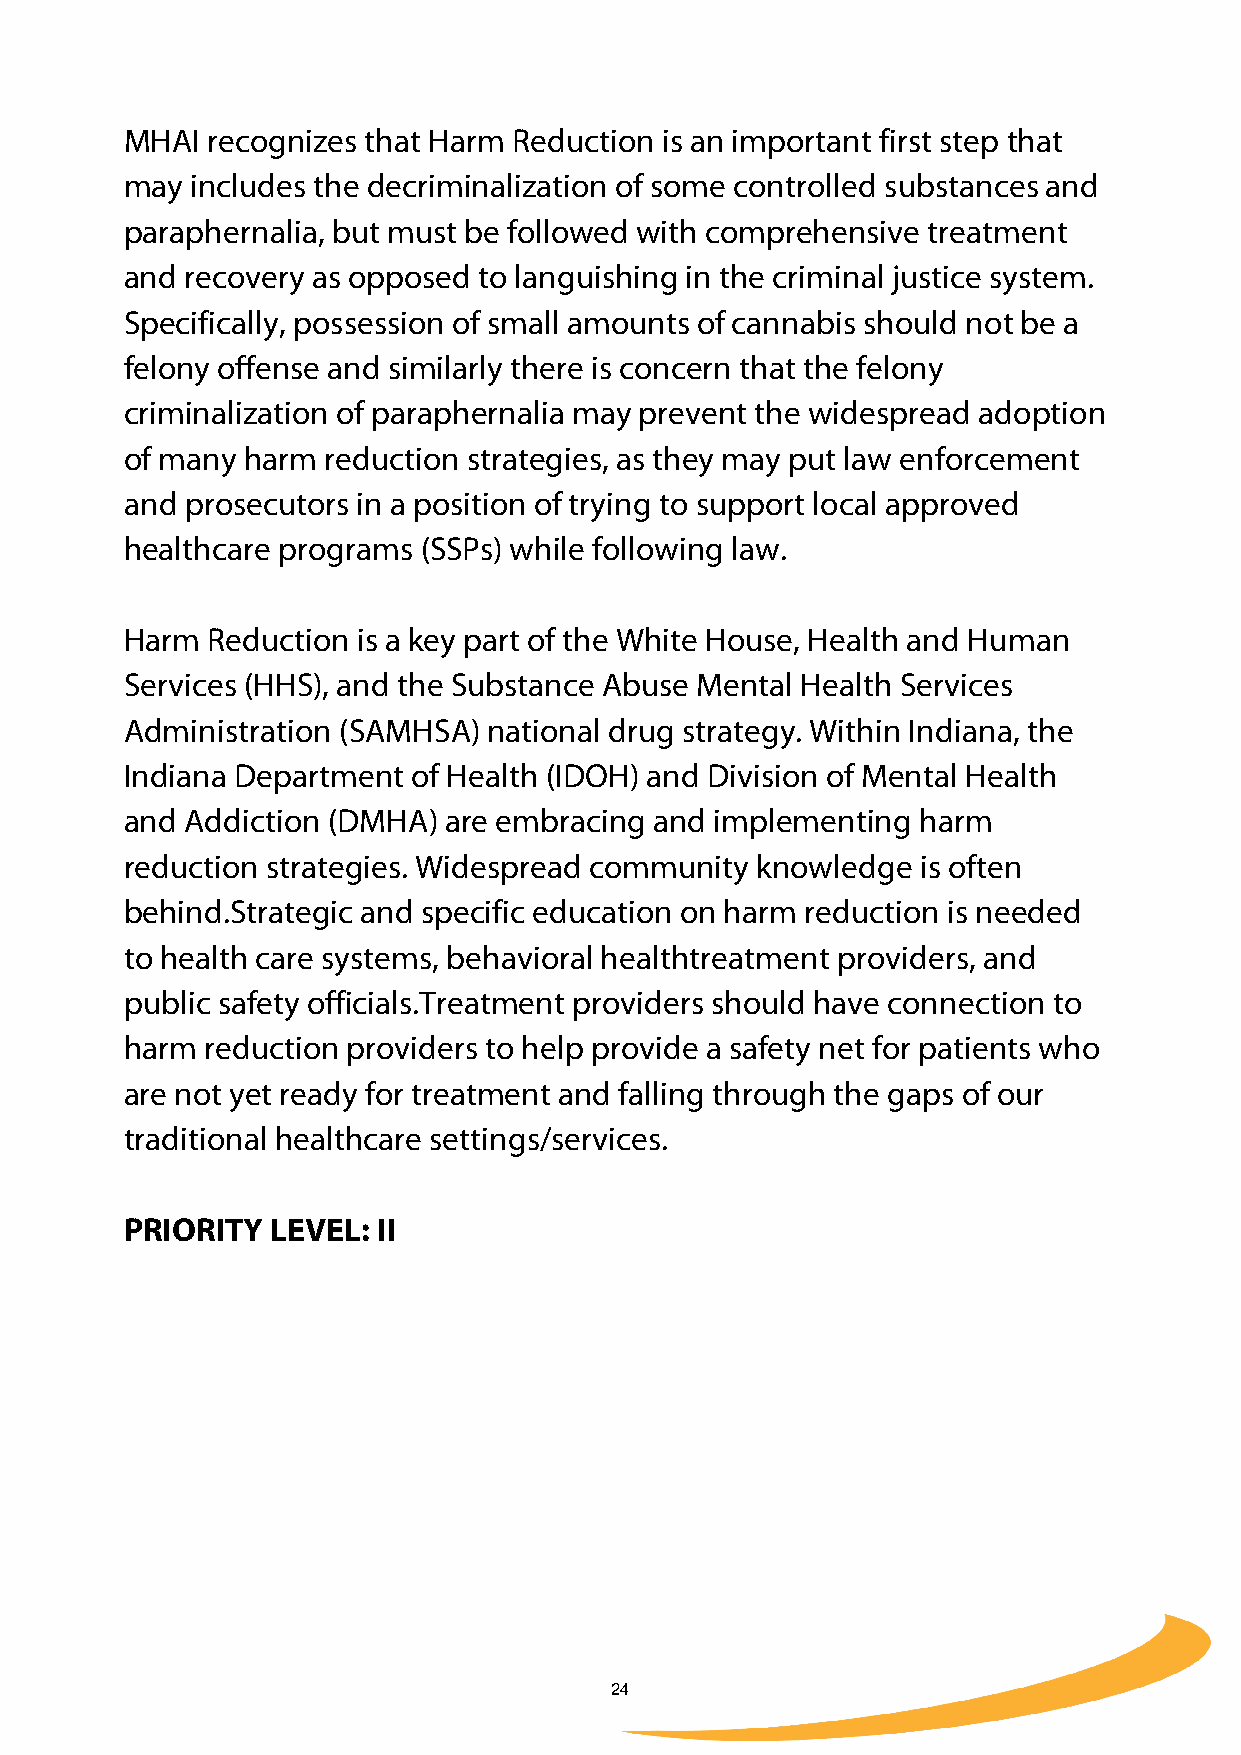
MHAI  recognizes that Harm Reduction is an important first step that
 may  includes the decriminalization of some controlled substances and
 paraphernalia, but must be followed with comprehensive treatment
 and recovery as opposed to languishing in the criminal justice system.
 Specifically, possession of small amounts of cannabis should not be a
 felony offense and similarly there is concern that the felony
 criminalization of paraphernalia may prevent the widespread adoption
 of many harm  reduction strategies, as they may put law enforcement
 and prosecutors in a position of trying to support local approved
 healthcare programs (SSPs) while following law.
 Harm  Reduction is a key part of the White House, Health and Human
 Services (HHS), and the Substance Abuse Mental Health Services
 Administration (SAMHSA) national drug strategy. Within Indiana, the
 Indiana Department of Health (IDOH) and Division of Mental Health
 and Addiction (DMHA) are embracing and implementing  harm
 reduction strategies. Widespread community knowledge is often
 behind.Strategic and specific education on harm reduction is needed
 to health care systems, behavioral healthtreatment providers, and
 public safety officials.Treatment providers should have connection to
 harm  reduction providers to help provide a safety net for patients who
 are not yet ready for treatment and falling through the gaps of our
 traditional healthcare settings/services.
 PRIORITY  LEVEL: II
 24